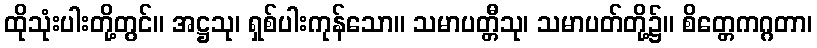
ထိုသုံးပါးတို့တွင်။ အဋ္ဌသု၊ ရှစ်ပါးကုန်သော။ သမာပတ္တီသု၊ သမာပတ်တို့၌။ စိတ္တေကဂ္ဂတာ၊